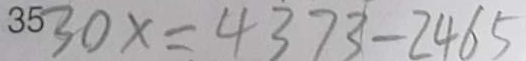
3 0 x = 4 3 7 3 - 2 4 6 5